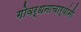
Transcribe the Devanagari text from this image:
गोवर्धनाचार्यांनी